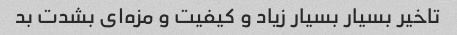
تاخیر بسیار بسیار زیاد و کیفیت و مزه‌ای بشدت بد